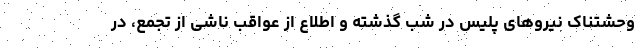
وحشتناک نیروهای پلیس در شب گذشته و اطلاع از عواقب ناشی از تجمع، در